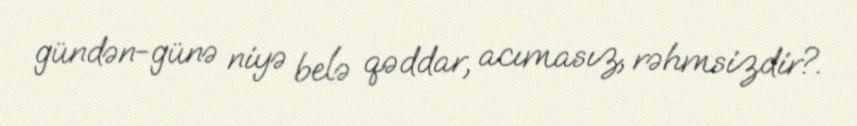
gündən-günə niyə belə qəddar, acımasız, rəhmsizdir?.